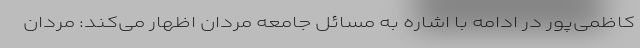
کاظمی‌پور در ادامه با اشاره به مسائل جامعه مردان اظهار می‌کند: مردان